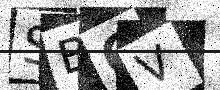
Text: SB6V